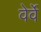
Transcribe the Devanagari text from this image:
वेर्वे